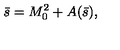
\bar { s } = M _ { 0 } ^ { 2 } + A ( \bar { s } ) ,